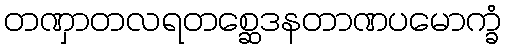
တဏှာတလရတစ္ဆေဒနတာဏပမောက္ခံ